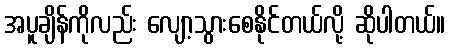
အပူချိန်ကိုလည်း လျော့သွားစေနိုင်တယ်လို့ ဆိုပါတယ်။